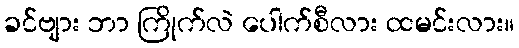
ခင်ဗျား ဘာ ကြိုက်လဲ ပေါက်စီလား ထမင်းလား။